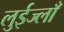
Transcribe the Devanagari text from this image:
लुईज्लाँ